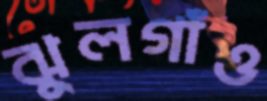
ঝুলগাঁও